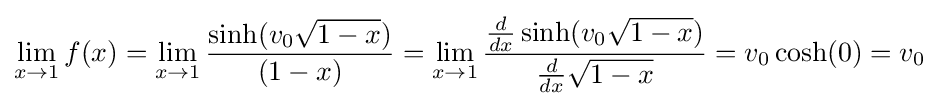
\lim _{x\to 1}f(x)=\lim _{x\to 1}{\frac {\sinh(v_{0}{\sqrt {1-x}})}{(1-x)}}=\lim _{x\to 1}{\frac {{\frac {d}{dx}}\sinh(v_{0}{\sqrt {1-x}})}{{\frac {d}{dx}}{\sqrt {1-x}}}}=v_{0}\cosh(0)=v_{0}